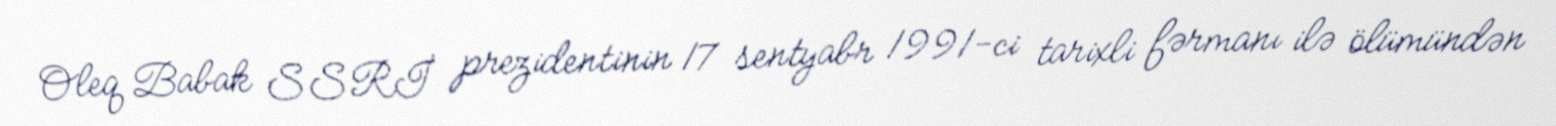
Oleq Babak SSRİ prezidentinin 17 sentyabr 1991-ci tarixli fərmanı ilə ölümündən